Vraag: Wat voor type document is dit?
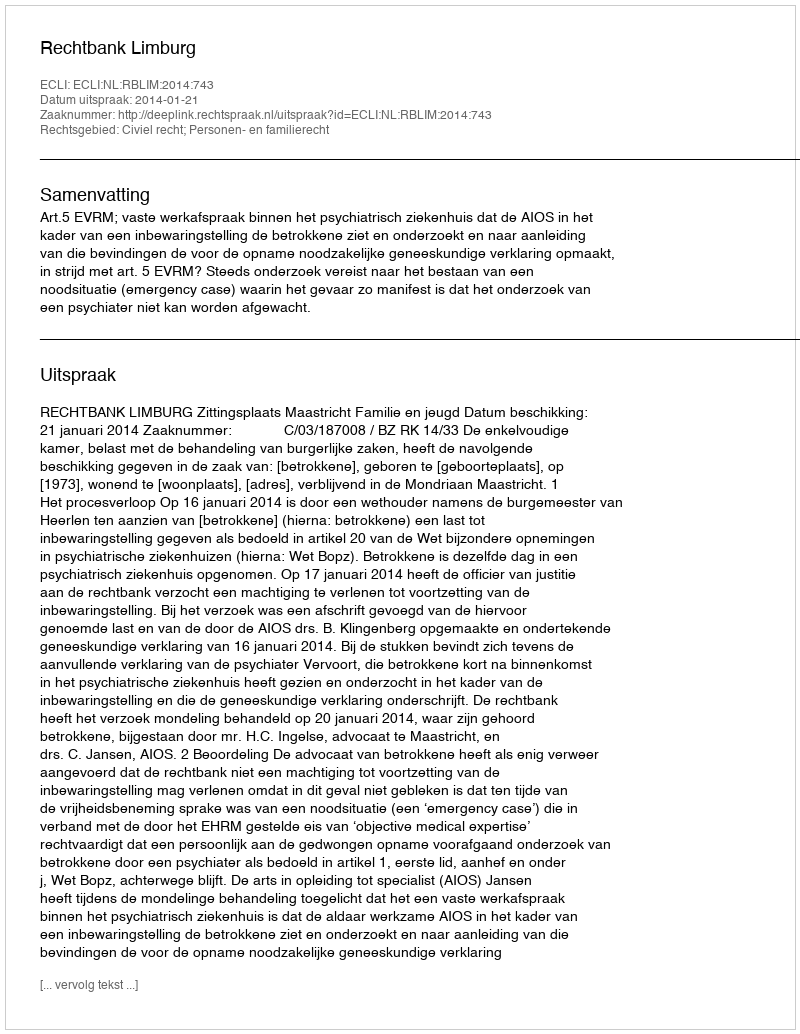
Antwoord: Uitspraak